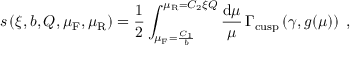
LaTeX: s \left( \xi , b , Q , \mu _ { \mathrm { F } } , \mu _ { \mathrm { R } } \right) = \frac { 1 } { 2 } \int _ { \mu _ { \mathrm { F } } = \frac { C _ { 1 } } { b } } ^ { \mu _ { \mathrm { R } } = C _ { 2 } \xi Q } \frac { \mathrm { d } \mu } { \mu } \, \Gamma _ { \mathrm { c u s p } } \left( \gamma , g ( \mu ) \right) \; ,